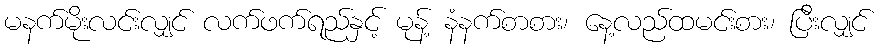
မနက်မိုးလင်းလျှင် လက်ဖက်ရည်နှင့် မုန့် နံနက်စာစား၊ နေ့လည်ထမင်းစား၊ ပြီးလျှင်